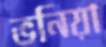
ভনিয়া